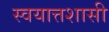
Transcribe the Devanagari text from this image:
स्वयात्तशासी